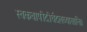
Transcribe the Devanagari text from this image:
स्वकवापीदीर्घदलव्यासानि।।